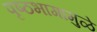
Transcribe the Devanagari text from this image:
पृष्ठभागामुळे